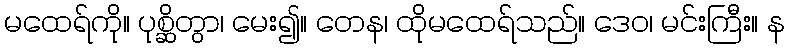
မထေရ်ကို။ ပုစ္ဆိတွာ၊ မေး၍။ တေန၊ ထိုမထေရ်သည်။ ဒေဝ၊ မင်းကြီး။ န